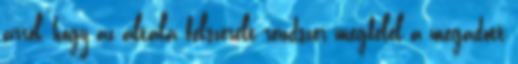
arról, hogy az általa felszerelt rendszer megfelel a megadott